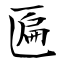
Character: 匾